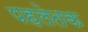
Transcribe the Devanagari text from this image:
पहलेतक